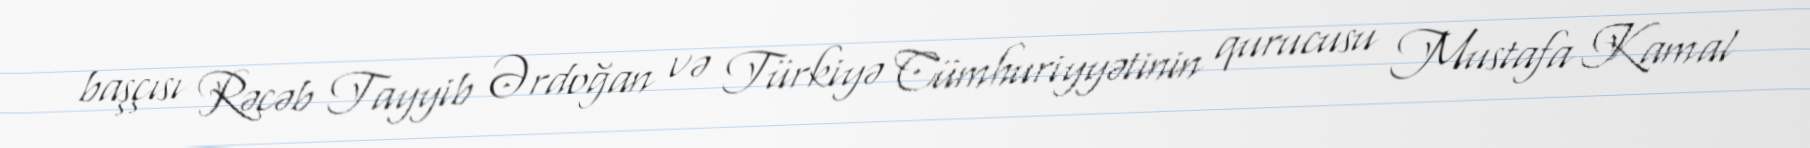
başçısı Rəcəb Tayyib Ərdoğan və Türkiyə Cümhuriyyətinin qurucusu Mustafa Kamal